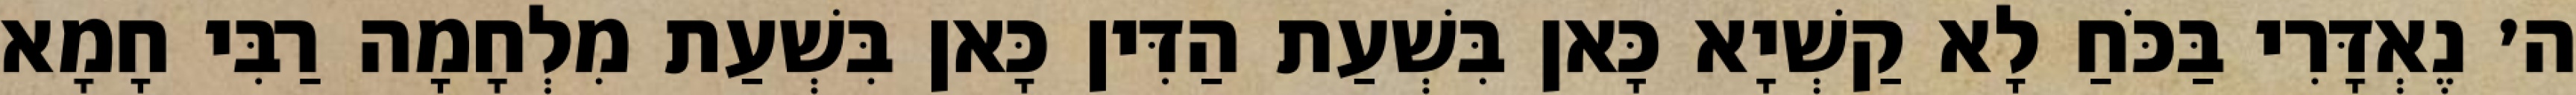
ה׳ נֶאְדָּרִי בַּכֹּחַ לָא קַשְׁיָא כָּאן בִּשְׁעַת הַדִּין כָּאן בִּשְׁעַת מִלְחָמָה רַבִּי חָמָא